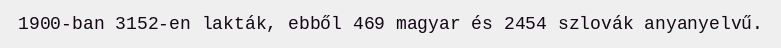
1900-ban 3152-en lakták, ebből 469 magyar és 2454 szlovák anyanyelvű.